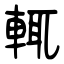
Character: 輒